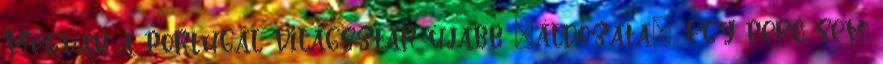
Megvan a portugál világsztár újabb „áldozata”. Egy perc sem